Indian journal of veterinary science and animal husbandry - Volume 2,
Year: 1932
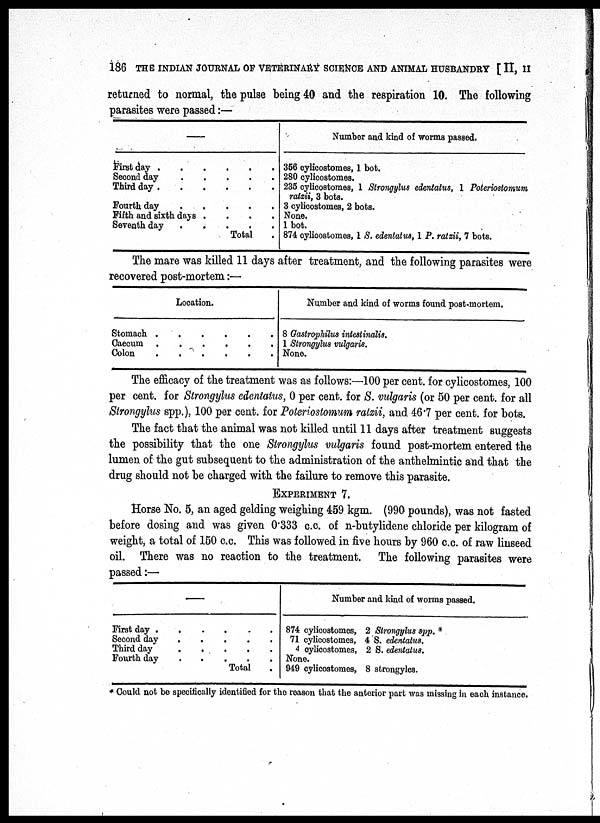
186 THE INDIAN JOURNAL OF VETERINARY SCIENCE AND ANIMAL HUSBANDRY [ II, II
returned to normal, the pulse being 40 and the respiration 10. The following
parasites were passed:—
—
First day . . . . . .
Second day
.
.
.
.
.
Third day . . . . . .
Fourth day . . . . .
Fifth and sixth days . . . .
Seventh day . . . . .
Total .
Number and kind of worms passed.
356 cylicostomes, 1 bot.
280 cylicostomes.
235 cylicostomes, 1 Strongylus edentatus, 1 Poteriostomum
ralzii, 3 bots.
3 cylicostomes, 2 bots.
None,
1 bot.
874 cylicostomes, 1 S. edentatus, 1 P. ratzii, 7 bots.
The mare was killed 11 days after treatment, and the following parasites were
recovered post-mortem:—
Location.
Stomach . . . . . .
Caecum
.
.
.
.
.
.
Colon
.
.
.
.
.
.
Number and kind of worms found post-mortem.
8 Gastrophilus intestinlis.
1 Strongylus vulgaris.
None.
The efficacy of the treatment was as follows:—100 per cent. for cylicostomes, 100
per cent. for Strongylus edentatus, 0 per cent. for S. vulgaris (or 50 per cent. for all
Strongylus spp.), 100 per cent. for Poteriostomum ratzii, and 46.7 per cent. for bots.
The fact that the animal was not killed until 11 days after treatment suggests
the possibility that the one Strongylus vulgaris found post-mortem entered the
lumen of the gut subsequent to the administration of the anthelmintic and that the
drug should not be charged with the failure to remove this parasite.
EXPERIMENT 7.
Horse No. 5, an aged gelding weighing 459 kgm. (990 pounds), was not fasted
before dosing and was given 0.333 c.c. of n-butylidene chloride per kilogram of
weight, a total of 150 c.c. This was followed in five hours by 960 c.c. of raw linseed
oil. There was no reaction to the treatment. The following parasites were
passed:—
—
First day . . . . . .
Second day.
.
.
.
.
Third day
.
.
.
.
.
Fourth day.
.
.
.
.
Total .
Number and kind of worms passed.
874 cylicostomes, 2 Strongylus spp. *
71 cylicostomes, 4 S. edentatus.
4 cylicostomes, 2 S. edentatus.
None.
949 cylicostomes, 8 strongyles.
* Could not be specifically identified for the reason that the anterior part was missing in each instance.